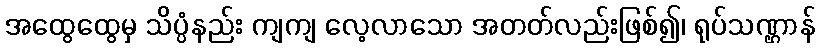
အထွေထွေမှ သိပ္ပံနည်း ကျကျ လေ့လာသော အတတ်လည်းဖြစ်၍၊ ရုပ်သဏ္ဌာန်